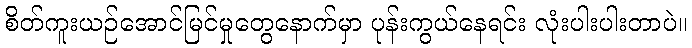
စိတ်ကူးယဉ်အောင်မြင်မှုတွေနောက်မှာ ပုန်းကွယ်နေရင်း လုံးပါးပါးတာပဲ။